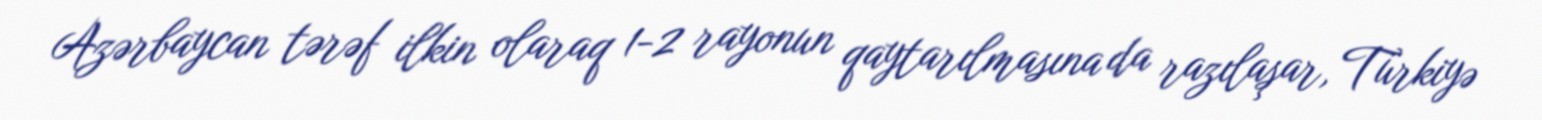
Azərbaycan tərəf ilkin olaraq 1-2 rayonun qaytarılmasına da razılaşar, Türkiyə